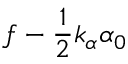
f - \frac { 1 } { 2 } k _ { \alpha } \alpha _ { 0 }